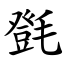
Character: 㲪